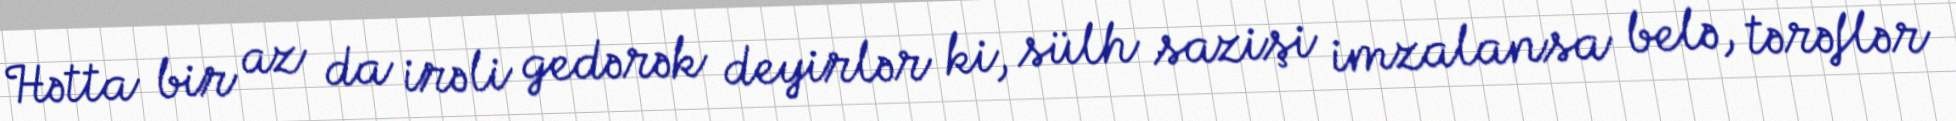
Hətta bir az da irəli gedərək deyirlər ki, sülh sazişi imzalansa belə, tərəflər